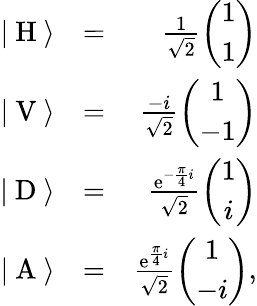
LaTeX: \begin{array}{rlr}{|\ \mathrm{H}\ \rangle}&{=}&{\frac{1}{\sqrt{2}}\left(\begin{array}{c}{1}\\ {1}\end{array}\right)}\\ {|\ \mathrm{V}\ \rangle}&{=}&{\frac{-i}{\sqrt{2}}\left(\begin{array}{c}{1}\\ {-1}\end{array}\right)}\\ {|\ \mathrm{D}\ \rangle}&{=}&{\frac{\mathrm{e}^{-\frac{\pi}{4}i}}{\sqrt{2}}\left(\begin{array}{c}{1}\\ {i}\end{array}\right)}\\ {|\ \mathrm{A}\ \rangle}&{=}&{\frac{\mathrm{e}^{\frac{\pi}{4}i}}{\sqrt{2}}\left(\begin{array}{c}{1}\\ {-i}\end{array}\right),}\end{array}